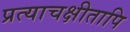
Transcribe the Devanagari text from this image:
प्रत्याचक्षीतापि